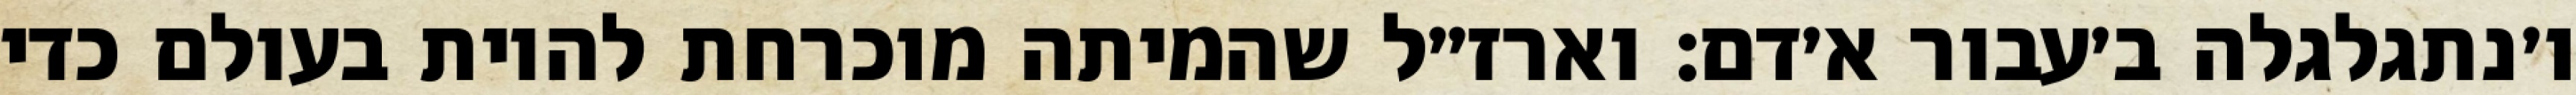
ו׳נתגלגלה ב׳עבור א׳דם: וארז״ל שהמיתה מוכרחת להיות בעולם כדי